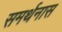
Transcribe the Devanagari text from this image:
समर्थनास